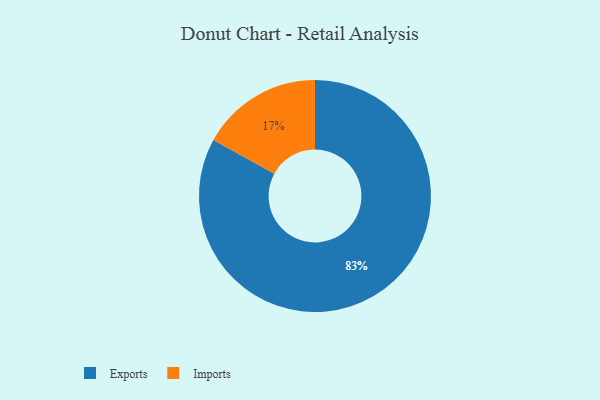
{"axis": {"x": "Category", "y": "Percentage"}, "legend": ["Exports", "Imports"], "data": [{"x": "Exports", "y": 83, "type": "Exports"}, {"x": "Imports", "y": 17, "type": "Imports"}]}